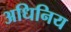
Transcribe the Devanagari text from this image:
अधिनिय